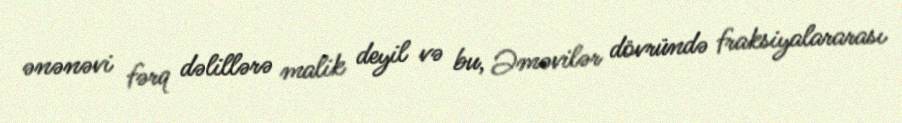
ənənəvi fərq dəlillərə malik deyil və bu, Əməvilər dövründə fraksiyalararası